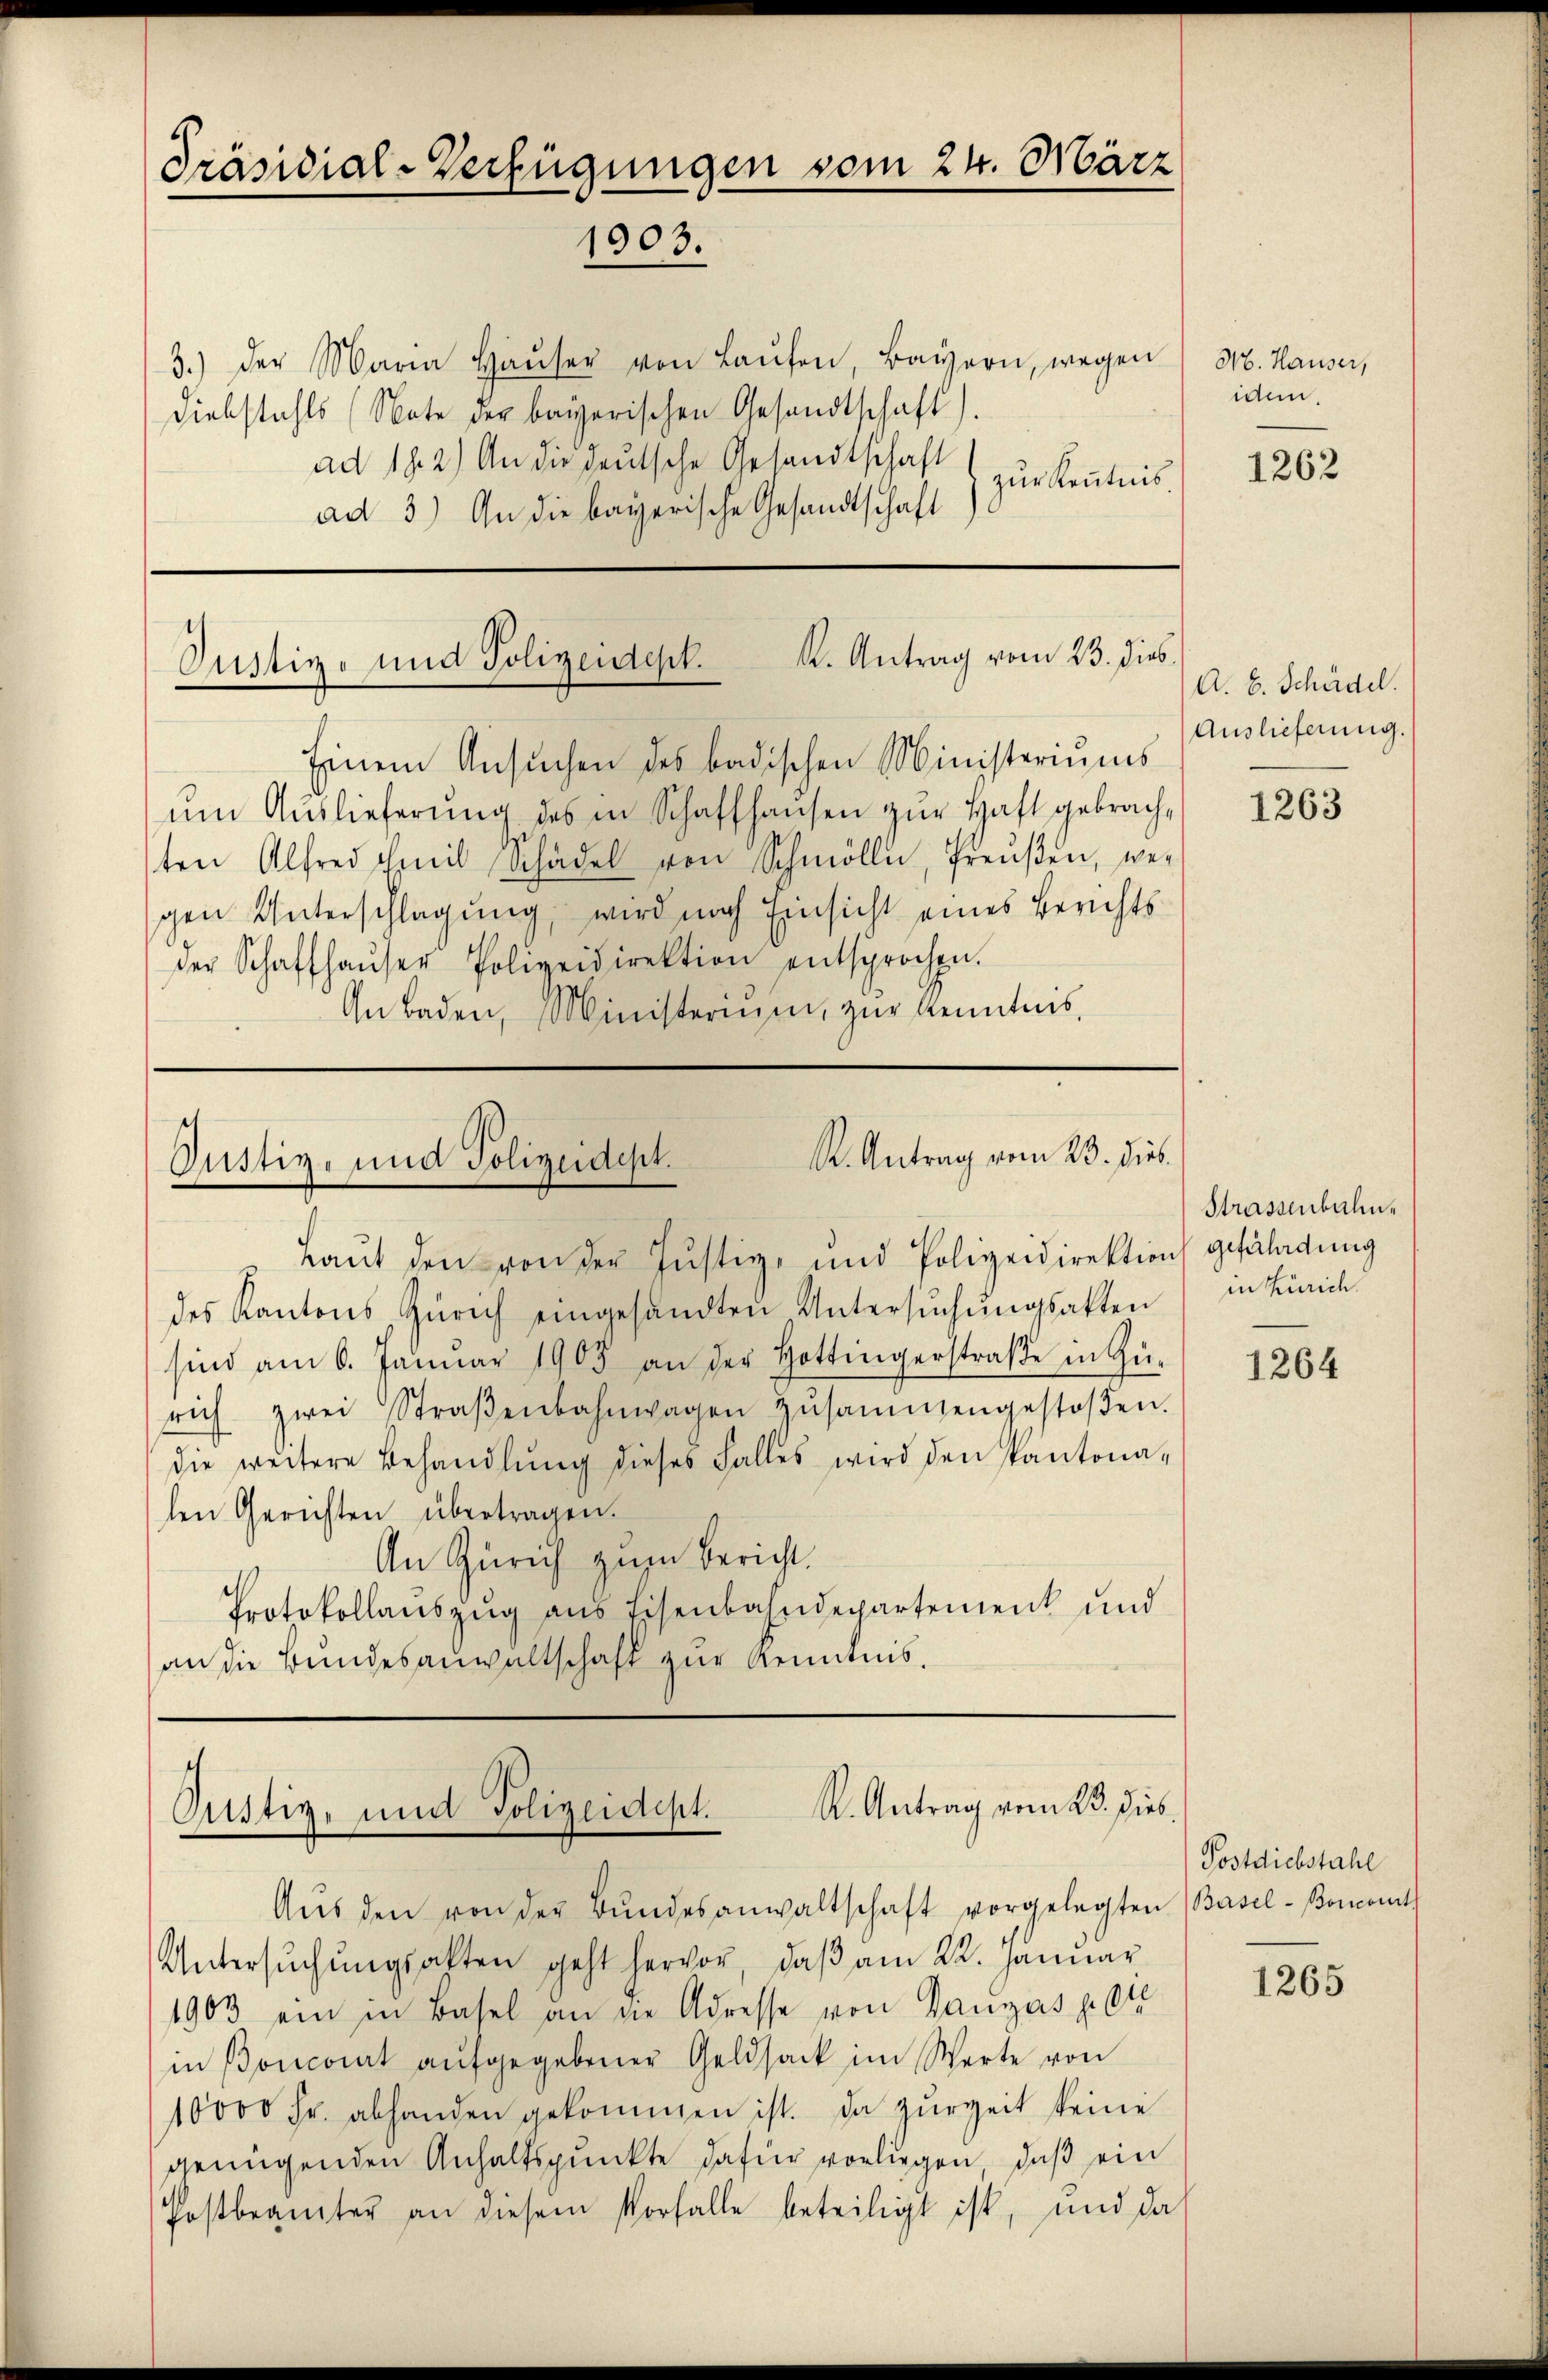
3.) der Maria Haŭser von Laŭfen, Bayern, wegen
Diebstahls (Note der bayerischen Gesandtschaft).
ad 182) An die deutsche Gesandtschaft
zur Kenntnis
ad 3.) In die bayerische Gesandtschaft

Präsidial-Verfügungen vom 24. März
1903.

K. Antrag vom 23. dies
Justiz- und Polizeidept.

Einem Ansuchen des badischen Ministeriums
um Auslieferung des in Schaffhausen zur Haft gebrachten Alfred Emil Schädel von Schmöll, Preŭβen, wer
gen Unterschlagung, wird nach Einsicht eines Berichts
der Schaffhaŭser Polizeidirektion entsprochen.
Gubaden, Ministerium, zur Kenntnis,

R. Antrag vom 23. dies.
Justiz- und Polizeidept.

Laut den von der Justiz- und Polizeidirektion gefährdung
des Kantons Zürich eingesandten Untersŭchŭngsakten
sind am 6. Janŭar 1905 an der Hottingerstraβe in Gŭ-
rich zwei Straβenbahnwagen zŭsammengestoβen.
die weitere Behandlŭng dieses Falles wird den Pantona-
len Gerichten übertragen.
An Zürich zum Bericht.
Protokollaŭszŭg ans Eisenbahndepartement und
an die Bundesanwaltschaft zur Kenntnis.

.
Pustiz- und Polizeidept. R. Antrag vom 23. Dies

Aŭs den von der Bŭndesanwaltschaft vorgelegten Basel-Boment
Untersŭchŭngsakten geht hervor, daβ am 22. Januar
1903 ein in Basel an die Adresse von Gaugas p. die
in Poncomt aŭfgegebener Geldsack im Werte von
10000 Fr. abhanden gekommen ist. Da zur Zeit keine
genügenden Anhaltspunkte dafür vorliegen, daß ein
fostbeamter an diesem Vorfalle beteiligt ist, und da

M. Hauser,
idem.

1262

A. E. Schädel.
Auslieferung.

1263

Strassbaliin Zürich

1264

Postdiebstahl

1265